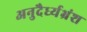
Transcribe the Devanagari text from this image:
अनुदैर्ध्यभ्रंश